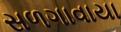
સળગાવાયા